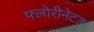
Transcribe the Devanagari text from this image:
फ्लोरीनेटड